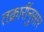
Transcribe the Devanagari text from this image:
तक्रारींनुसार